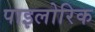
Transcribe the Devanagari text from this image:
पाइलोरिक